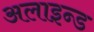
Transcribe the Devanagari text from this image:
अलाइन्ड